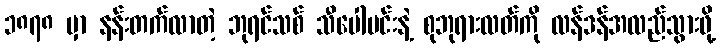
၁၈၇၈ မှာ နန်းတက်လာတဲ့ ဘုရင်သစ် သီပေါမင်းနဲ့ စုဘုရားလတ်ကို လန်ဒန်အလည်သွားဖို့